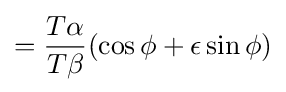
={\frac {T\alpha }{T\beta }}(\cos \phi +\epsilon \sin \phi )